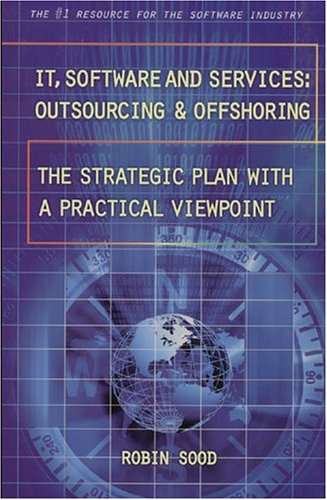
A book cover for IT, Software and Services: Outsourcing and Offshoring; Robin Sood; Business & Money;